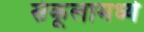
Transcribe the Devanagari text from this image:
संकूलामध्ये